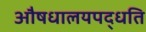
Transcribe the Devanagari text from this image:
औषधालयपद्धति